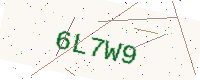
Text: 6L7W9